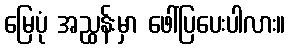
မြေပုံ အညွှန်းမှာ ဖေါ်ပြပေးပါလား။